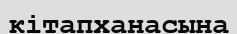
кітапханасына